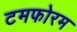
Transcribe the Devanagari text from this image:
टमफोरम